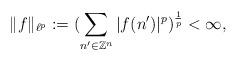
LaTeX: \begin{align*} \Vert f\Vert_{\ell^p}:=(\sum_{n'\in\mathbb{Z}^n}|f(n')|^p)^{\frac{1}{p}}<\infty,\end{align*}